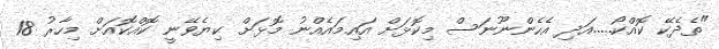
"ތެދެކޭ ކޮއްކޯ.....އަދި އެހެންނޫނަސް މިކޮޅަށް އައިމައެއްނު މޮޅަށް ކިޔެވޭނީ ކޮއްކޮއަށް މިހާރު 18